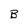
Character: B